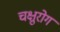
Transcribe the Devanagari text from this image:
चक्षुरोग